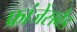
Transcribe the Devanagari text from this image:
फ्रांजेंसबैड